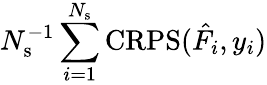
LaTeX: N_{\mathrm{s}}^{-1}\sum_{i=1}^{N_{\mathrm{s}}}\mathrm{CRPS}(\hat{F}_{i},y_{i})